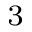
^ { 3 }